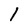
Character: l